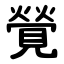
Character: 覮